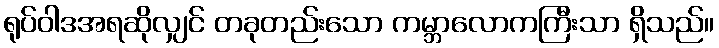
ရုပ်ဝါဒအရဆိုလျှင် တခုတည်းသော ကမ္ဘာလောကကြီးသာ ရှိသည်။